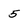
Character: 5